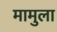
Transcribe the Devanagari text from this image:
मामुला